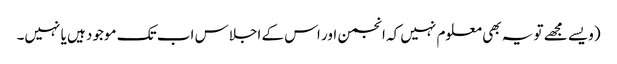
(ویسے مجھے تو یہ بھی معلوم نہیں کہ انجمن اور اس کے اجلاس اب تک موجود ہیں یا نہیں۔